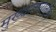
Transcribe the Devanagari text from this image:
मुख्यालयातील